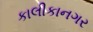
કાલીકાનગર